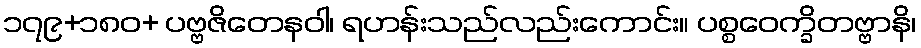
၁၇၉+၁၈၀+ ပဗ္ဗဇိတေနဝါ၊ ရဟန်းသည်လည်းကောင်း။ ပစ္စဝေက္ခိတဗ္ဗာနိ၊